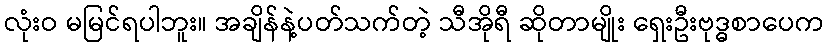
လုံးဝ မမြင်ရပါဘူး။ အချိန်နဲ့ပတ်သက်တဲ့ သီအိုရီ ဆိုတာမျိုး ရှေးဦးဗုဒ္ဓစာပေက